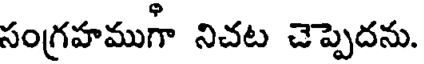
సంగ్రహముగా నిచట చెప్పెదను.